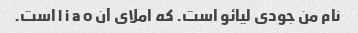
نام من جودی لیائو است. که املای آن l i a o است.